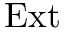
\mathrm { E x t }